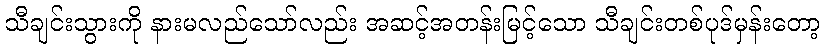
သီချင်းသွားကို နားမလည်သော်လည်း အဆင့်အတန်းမြင့်သော သီချင်းတစ်ပုဒ်မှန်းတော့